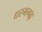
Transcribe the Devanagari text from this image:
धरमगढ़